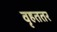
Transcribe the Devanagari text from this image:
वृहततर